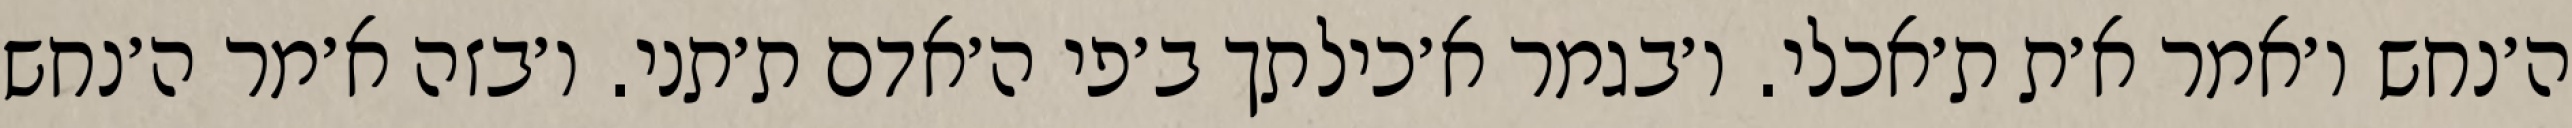
ה׳נחש ו׳אמר א׳ת ת׳אכלי. ו׳בגמר א׳כילתך ב׳פי ה׳אדם ת׳תני. ו׳בזה א׳מר ה׳נחש